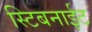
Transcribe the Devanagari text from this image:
स्टिबनाईट